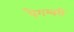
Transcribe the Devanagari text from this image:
पैगम्बरी